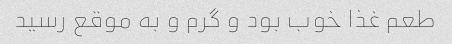
طعم غذا خوب بود و گرم و به موقع رسید